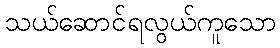
သယ်ဆောင်ရလွယ်ကူသော